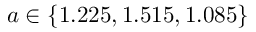
a \in \{ 1 . 2 2 5 , 1 . 5 1 5 , 1 . 0 8 5 \}